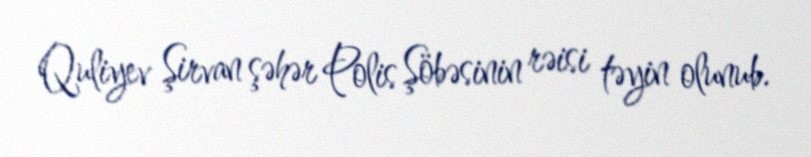
Quliyev Şirvan şəhər Polis Şöbəsinin rəisi təyin olunub.